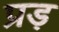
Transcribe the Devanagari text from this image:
प्रड़